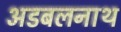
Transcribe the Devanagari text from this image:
अडबलनाथ